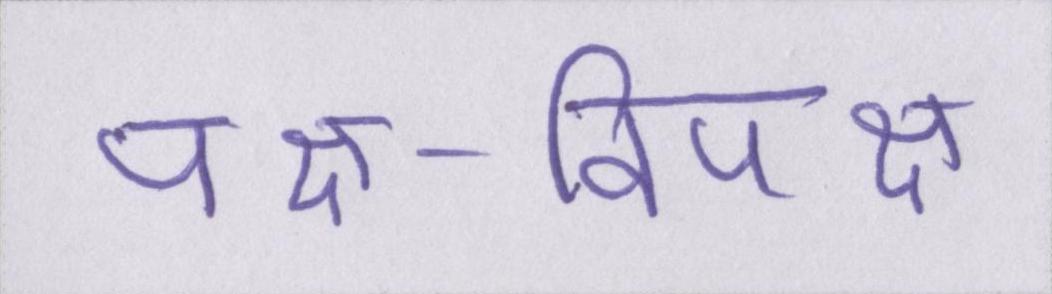
पक्ष-विपक्ष